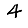
Digit: 4